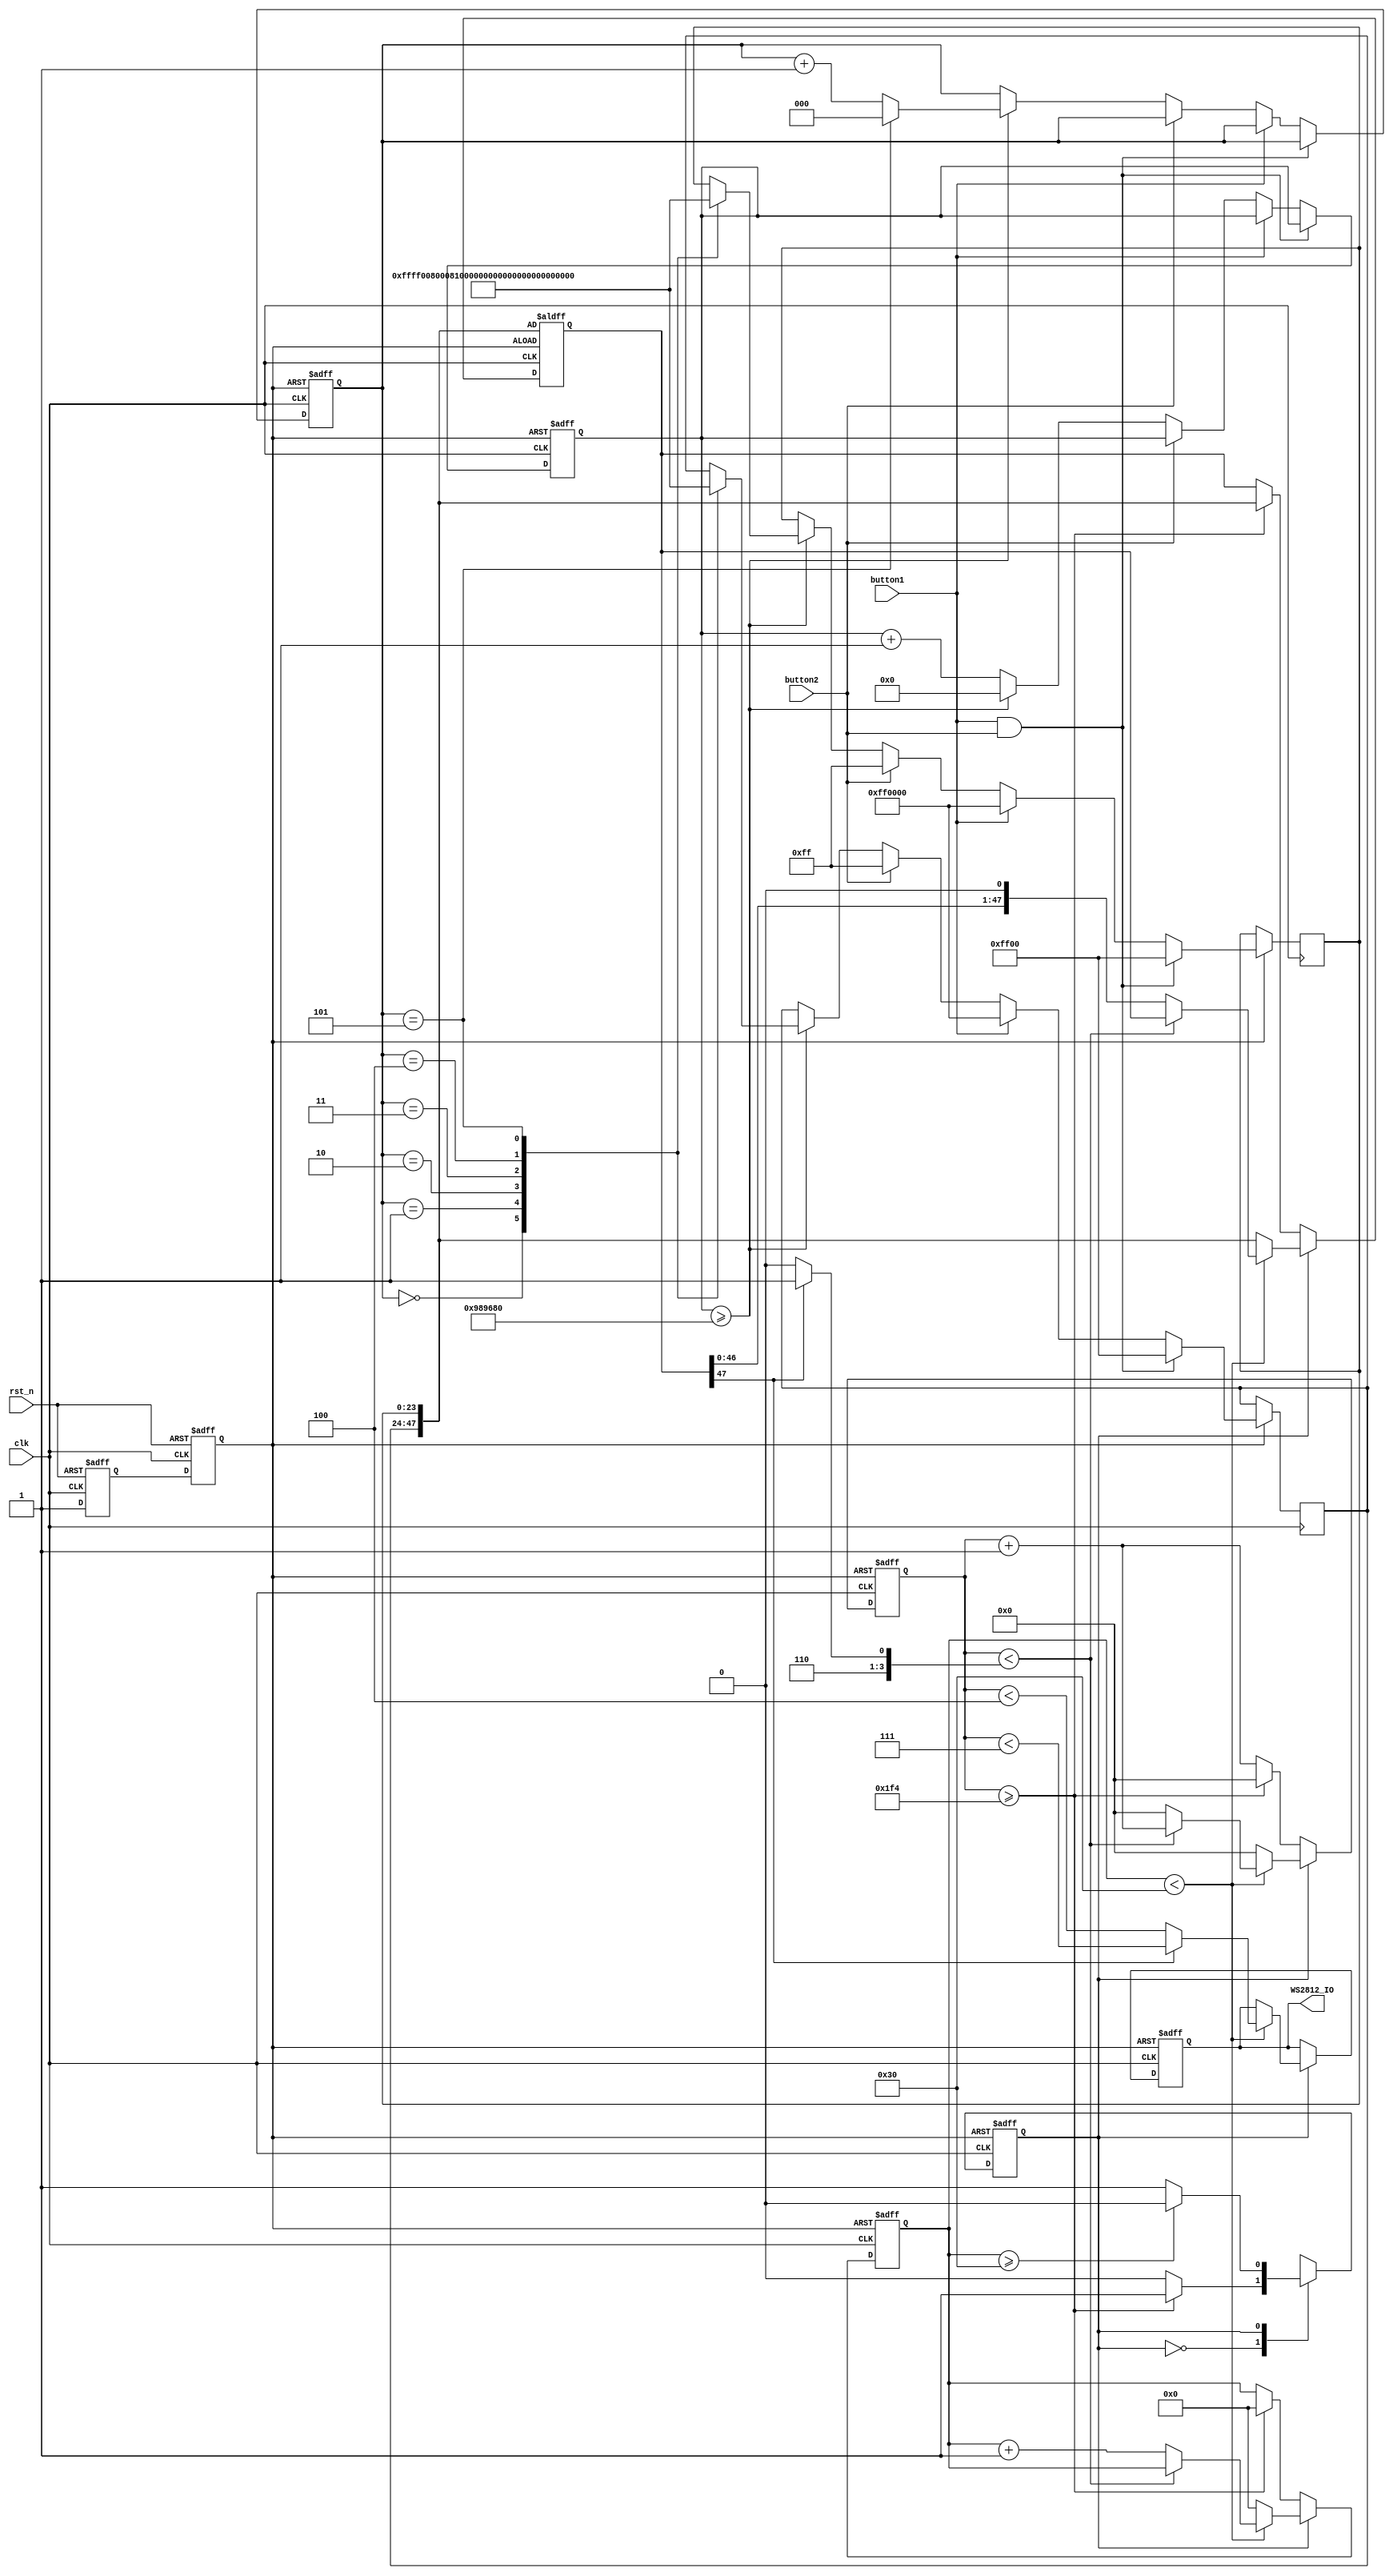
module LED_RGB_WS2812(
    input clk,      // 10 MHz clock input
    input rst_n,    // Active-low Reset input
    input button1,  // Button 1 input
    input button2,  // Button 2 input
    output reg WS2812_IO // WS2812 output (change to reg to improve timing)
);
    // Parameters for LED timing in terms of clock cycles
    parameter CLK_FREQ = 10000000; // 10 MHz clock
    parameter T0H = 4;     // 0.35 s
    parameter T1H = 7;     // 0.7 s
    parameter T0L = 8;     // 0.8 s
    parameter T1L = 6;     // 0.6 s
    parameter RES = 500;   // 50 s
    parameter COLOR_CYCLE_PERIOD = CLK_FREQ; // Color cycle period (every 1 second)

    // Color definitions (GRB format)
    parameter [23:0] YELLOW = 24'hFFFF00;
    parameter [23:0] PURPLE = 24'h800080;
    parameter [23:0] ORANGE = 24'hFFA500;
    parameter [23:0] RED = 24'hFF0000;
    parameter [23:0] GREEN = 24'h00FF00;
    parameter [23:0] BLUE = 24'h0000FF;

    reg [23:0] current_color1;
    reg [23:0] current_color2;
    reg [31:0] color_cycle_counter = 0;
    reg [2:0] color_index = 0;
    reg [9:0] licznik = 0;
    reg [5:0] bit_counter = 0;
    reg [47:0] shift_register; // 48 bits for two LEDs

    reg state;
    reg next_state;
    reg rst_sync1, rst_sync2;

    // Debug signals
    reg [2:0] debug_color_index;
    reg debug_button1, debug_button2, debug_both_buttons;

    // State definitions
    parameter IDLE = 1'b0, SEND = 1'b1;

    // Synchronize the reset signal to the clock domain
    always @(posedge clk or negedge rst_n) begin
        if (!rst_n) begin
            rst_sync1 <= 1'b0;
            rst_sync2 <= 1'b0;
        end else begin
            rst_sync1 <= 1'b1;
            rst_sync2 <= rst_sync1;
        end
    end

    wire rst = ~rst_sync2; // Synchronized reset signal

    // State transition logic
    always @(*) begin
        next_state = state;
        case(state)
            IDLE: begin
                if(licznik >= RES) 
                    next_state = SEND;
            end
            SEND: begin
                if(bit_counter >= 48) 
                    next_state = IDLE;
            end
        endcase
    end

    // State update
    always @(posedge clk or posedge rst) begin
        if(rst) begin
            state <= IDLE;
        end else begin
            state <= next_state;
        end
    end

    // Color selection and cycling logic
    always @(posedge clk or posedge rst) begin
        if(rst) begin
            color_index <= 0;
            color_cycle_counter <= 0;
            debug_color_index <= 0;
            debug_button1 <= 0;
            debug_button2 <= 0;
            debug_both_buttons <= 0;
        end else begin
            if(button1 && button2) begin
                current_color1 <= GREEN;
                current_color2 <= GREEN;
                debug_both_buttons <= 1;
            end else if(button1) begin
                current_color1 <= RED;
                current_color2 <= RED;
                debug_button1 <= 1;
            end else if(button2) begin
                current_color1 <= BLUE;
                current_color2 <= BLUE;
                debug_button2 <= 1;
            end else begin
                // Color cycling when no buttons are pressed
                if(color_cycle_counter >= COLOR_CYCLE_PERIOD) begin // Change color every 1 second
                    color_cycle_counter <= 0;
                    case (color_index)
                        3'd0: begin
                            current_color1 <= YELLOW;
                            current_color2 <= YELLOW;
                            debug_color_index <= 0;
                        end
                        3'd1: begin
                            current_color1 <= PURPLE;
                            current_color2 <= PURPLE;
                            debug_color_index <= 1;
                        end
                        3'd2: begin
                            current_color1 <= ORANGE;
                            current_color2 <= ORANGE;
                            debug_color_index <= 2;
                        end
                        3'd3: begin
                            current_color1 <= RED;
                            current_color2 <= RED;
                            debug_color_index <= 3;
                        end
                        3'd4: begin
                            current_color1 <= GREEN;
                            current_color2 <= GREEN;
                            debug_color_index <= 4;
                        end
                        3'd5: begin
                            current_color1 <= BLUE;
                            current_color2 <= BLUE;
                            debug_color_index <= 5;
                        end
                    endcase
                    color_index <= color_index + 1;
                    if (color_index == 3'd5)
                        color_index <= 0;
                end else begin
                    color_cycle_counter <= color_cycle_counter + 1;
                end
            end
        end
    end

    // LED control logic
    always @(posedge clk or posedge rst) begin
        if(rst) begin
            licznik <= 0;
            bit_counter <= 0;
            shift_register <= {current_color1, current_color2}; // Load the next color for two LEDs
            WS2812_IO <= 1'b1;
        end else if(state == SEND) begin
            if(bit_counter < 48) begin
                if(shift_register[47]) begin
                    // Send '1'
                    WS2812_IO <= (licznik < T1H);
                end else begin
                    // Send '0'
                    WS2812_IO <= (licznik < T0H);
                end
                
                if(licznik < (shift_register[47] ? (T1H + T1L) : (T0H + T0L))) begin
                    licznik <= licznik + 1;
                end else begin
                    licznik <= 0;
                    shift_register <= {shift_register[46:0], 1'b0};
                    bit_counter <= bit_counter + 1;
                end
            end else begin
                licznik <= 0;
                bit_counter <= 0;
                shift_register <= {current_color1, current_color2}; // Load the next color for two LEDs
            end
        end else if(state == IDLE) begin
            licznik <= licznik + 1;
            if(licznik >= RES) begin
                licznik <= 0;
                shift_register <= {current_color1, current_color2}; // Load the next color for two LEDs
                bit_counter <= 0;
            end
        end else begin
            licznik <= 0; // Ensure licznik is reset when not in IDLE state
        end
    end
endmodule